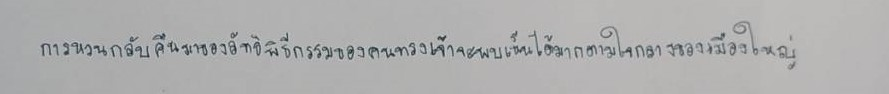
การหวนกลับคืนมาของลัทธิพิธีกรรมของคนทรงเจ้าจะพบเห็นได้มากตามใจกลางของเมืองใหญ่